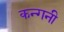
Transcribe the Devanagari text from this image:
कन्गनी